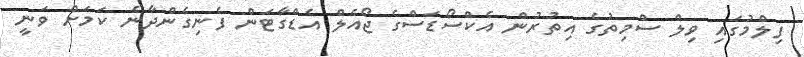
ފިލްމުގައި ވިލް ސްމިތުގެ އިތުރުން އެކްސޯޑަސްގެ ޖޯއެލް އެޑްގާޓަން ފެނިގެންދާނެ ކަމަށް ވަނީ